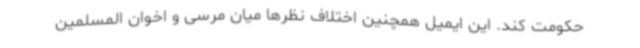
حکومت کند. این ایمیل همچنین اختلاف نظرها میان مرسی و اخوان المسلمین